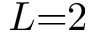
L { = } 2